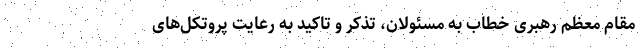
مقام معظم رهبری خطاب به مسئولان، تذکر و تاکید به رعایت پروتکل‌های